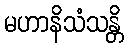
မဟာနိသံသန္တိ